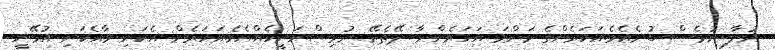
ނުލާ ނުވެސް ބުނެއެވެ.އަހަރެންގެ މަންމަ އަހަރެންނާ ދޭތެރޭ ނުވިސްނަނީހެއްޔެވެ.އަހަރެން އެކަނި މާއެކަނި އުޅޭނީ